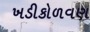
ખડીકોળવણ